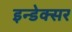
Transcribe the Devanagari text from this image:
इन्डेक्सर